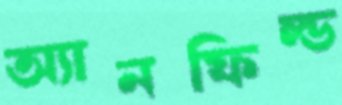
অ্যানফিল্ড